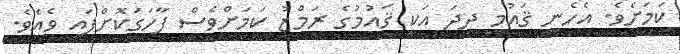
ކަމަށެވެ. އެހެނީ ޤައުމީ ދިދަ އަކީ ޤައުމުގެ ރަމްޒު ކަމަށްވެސް ފާހަގަކޮށްފައި ވެއެވެ.